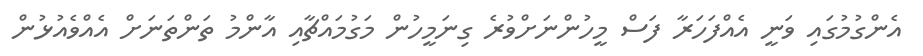
އެންގުމުގައި ވަނީ އެއްފަހަރާ ފަސް މީހުންނަށްވުރެ ގިނަމީހުން މަގުމައްޗާއި އާންމު ތަންތަނަށް އެއްވެއުޅުން